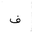
Letter: _fa